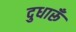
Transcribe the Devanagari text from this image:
दुधारूँ